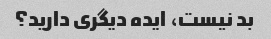
بد نیست، ایده دیگری دارید؟